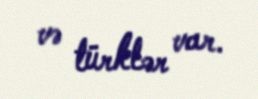
və türklər var.